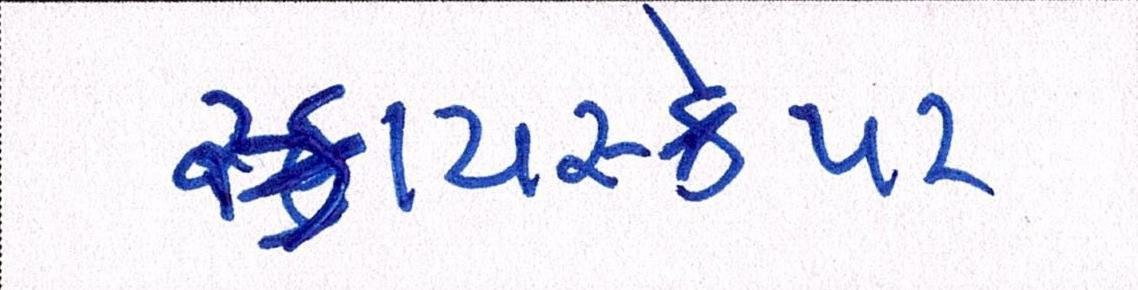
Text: સ્કાયસ્ક્રેપર